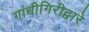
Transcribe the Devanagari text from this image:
गांधीगिरीद्वारे